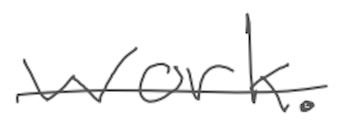
Text: work.
Cross-out: mix
Writing tool: digital_gray